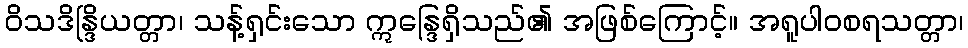
ဝိသဒိန္ဒြိယတ္တာ၊ သန့်ရှင်းသော ဣန္ဒြေရှိသည်၏ အဖြစ်ကြောင့်။ အရူပါဝစရသတ္တာ၊